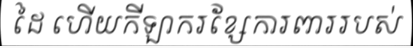
ដៃ ហើយកីឡាករខ្សែការពាររបស់